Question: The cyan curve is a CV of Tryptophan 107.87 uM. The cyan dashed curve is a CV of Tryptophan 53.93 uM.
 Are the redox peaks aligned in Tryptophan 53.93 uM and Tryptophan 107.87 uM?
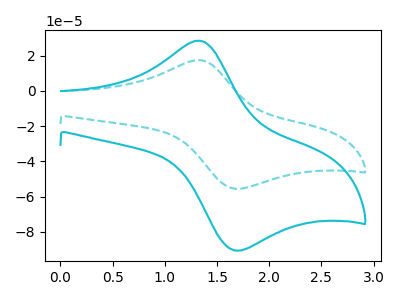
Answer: <think>The cyan curve "Tryptophan 107.87 uM" has an anodic peak at (1.30V, 28.55uA) and a cathodic peak at (1.65V, -90.50uA). The cyan dashed curve "Tryptophan 53.93 uM" has an anodic peak at (1.30V, 17.50uA) and a cathodic peak at (1.65V, -55.50uA).</think>
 <answer>Yes, "Tryptophan 53.93 uM" have a peak in "Tryptophan 107.87 uM" at the same potential.</answer>
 <eval>match</eval>